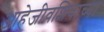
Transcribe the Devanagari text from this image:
आहेजीवशिवाच्या